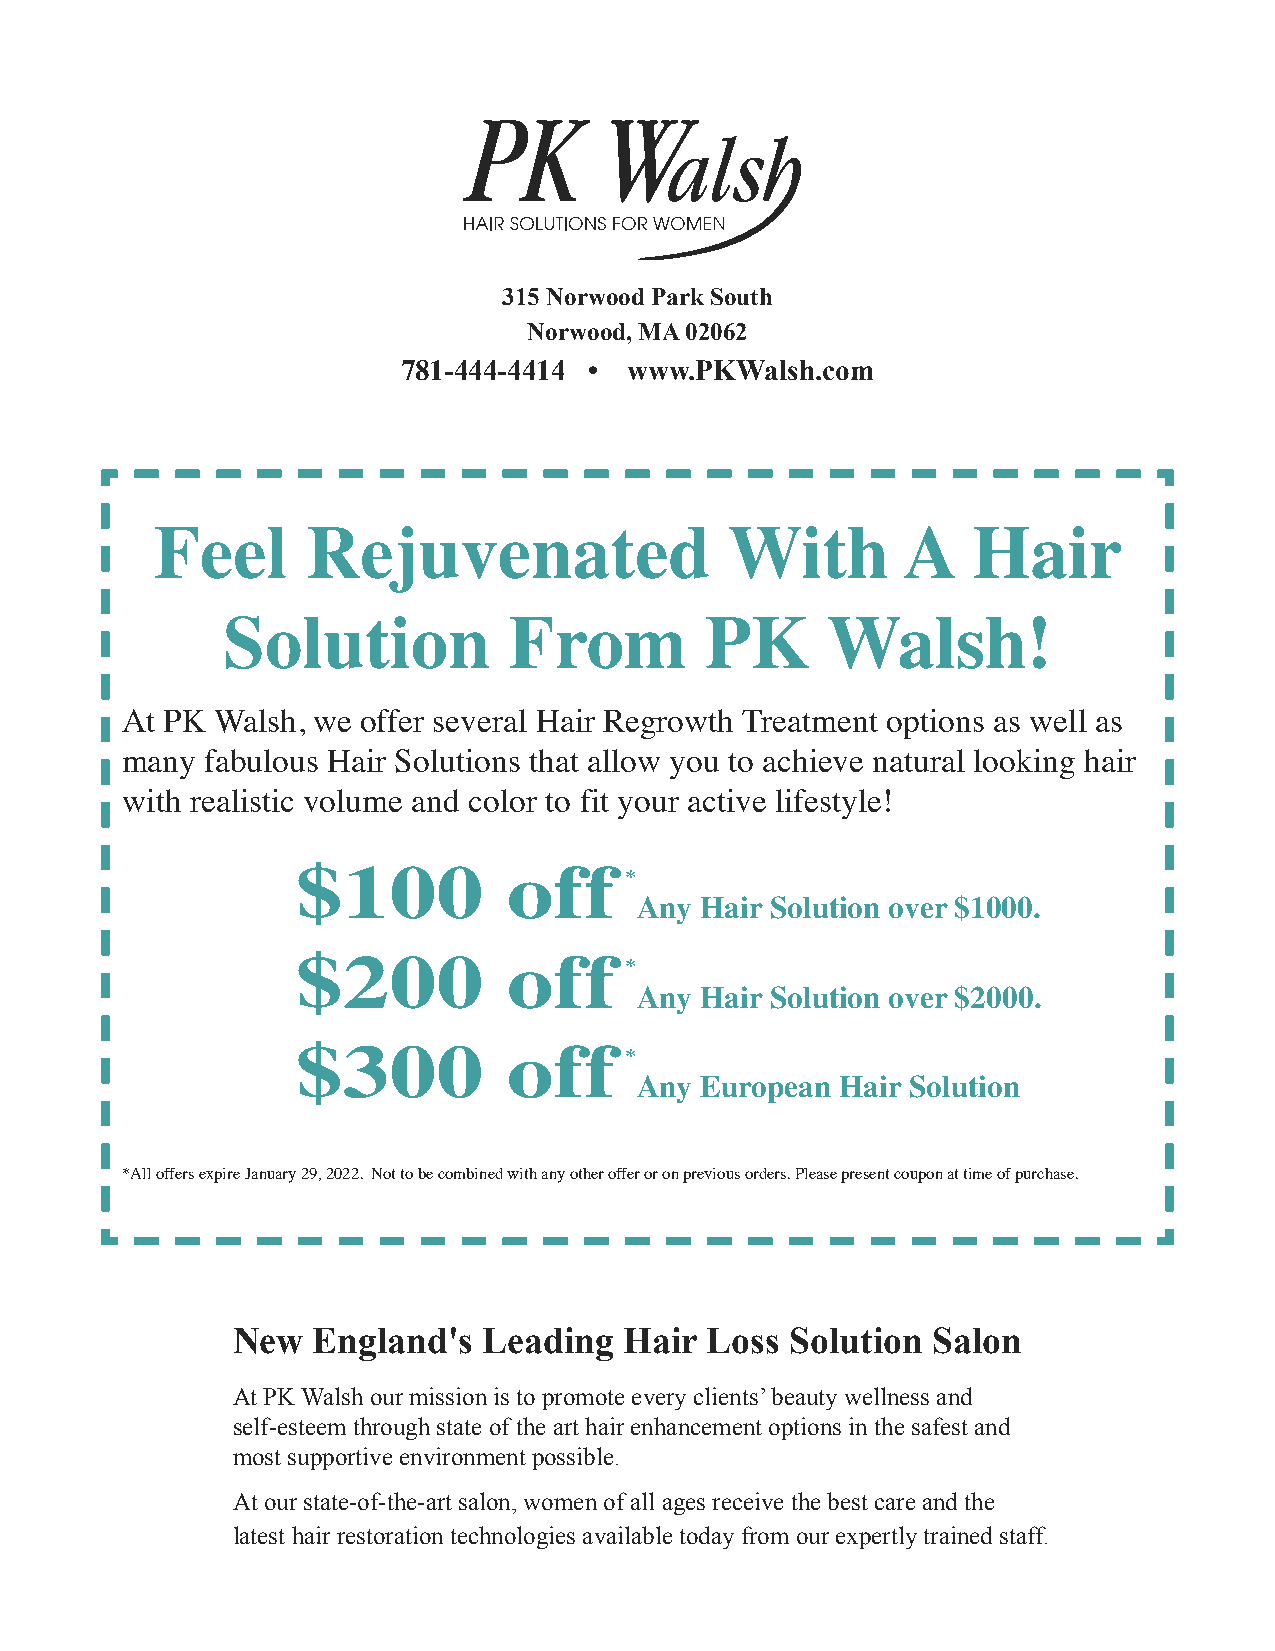
315 Norwood Park South
 Norwood, MA 02062
 781-444-4414 • www.PKWalsh.com
 Feel      Rejuvenated                 With        A   Hair
 Solution           From         PK      Walsh!
 At PK Walsh, we offer several Hair Regrowth Treatment options as well as
 many  fabulous Hair Solutions that allow you to achieve natural looking hair
 with realistic volume and color to fit your active lifestyle!
 $100          off
 *
 Any Hair Solution over $1000.
 $200          off
 *
 Any Hair Solution over $2000.
 $300          off
 *
 Any European  Hair Solution
 *All offers expire January 29, 2022. Not to be combined with any other offer or on previous orders. Please present coupon at time of purchase.
 New   England's  Leading  Hair  Loss Solution  Salon
 At PK Walsh our mission is to promote every clients’ beauty wellness and
 self-esteem through state of the art hair enhancement options in the safest and
 most supportive environment possible.
 At our state-of-the-art salon, women of all ages receive the best care and the
 latest hair restoration technologies available today from our expertly trained staff.